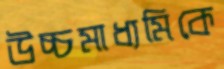
উচ্চমাধ্যমিকে